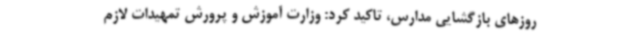
روزهای بازگشایی مدارس، تاکید کرد: وزارت آموزش و پرورش تمهیدات لازم